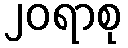
၂၀ရာစု